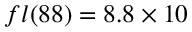
f l ( 8 8 ) = 8 . 8 \times 1 0